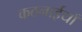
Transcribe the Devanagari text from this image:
कठनाईयाँ